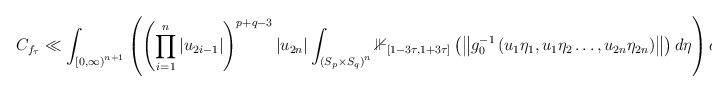
LaTeX: \begin{align*}C_{f_{\tau}}\ll\int_{\left[0,\infty\right)^{n+1}}\left(\left(\prod_{i=1}^{n}\left|u_{2i-1}\right|\right)^{p+q-3}\left|u_{2n}\right|\int_{\left(S_{p}\times S_{q}\right)^{n}}\mathbb{1}_{\left[1-3\tau,1+3\tau\right]}\left(\left\Vert g_{0}^{-1}\left(u_{1}\eta_{1},u_{1}\eta_{2}\dots,u_{2n}\eta_{2n}\right)\right\Vert \right)d\eta\right)du_{o}.\end{align*}